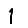
Digit: 1